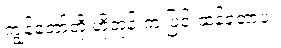
ကျွန်တော်တို့ ဟိုတုန်းက ပြင်းထန်ခဲ့တာပဲ။